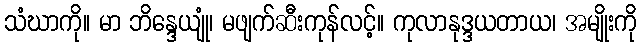
သံဃာကို။ မာ ဘိန္ဒေယျုံ၊ မဖျက်ဆီးကုန်လင့်။ ကုလာနုဒ္ဒယတာယ၊ အမျိုးကို